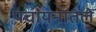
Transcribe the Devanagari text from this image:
पंचायनातले